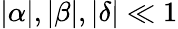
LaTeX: |\alpha|,|\beta|,|\delta|\ll 1